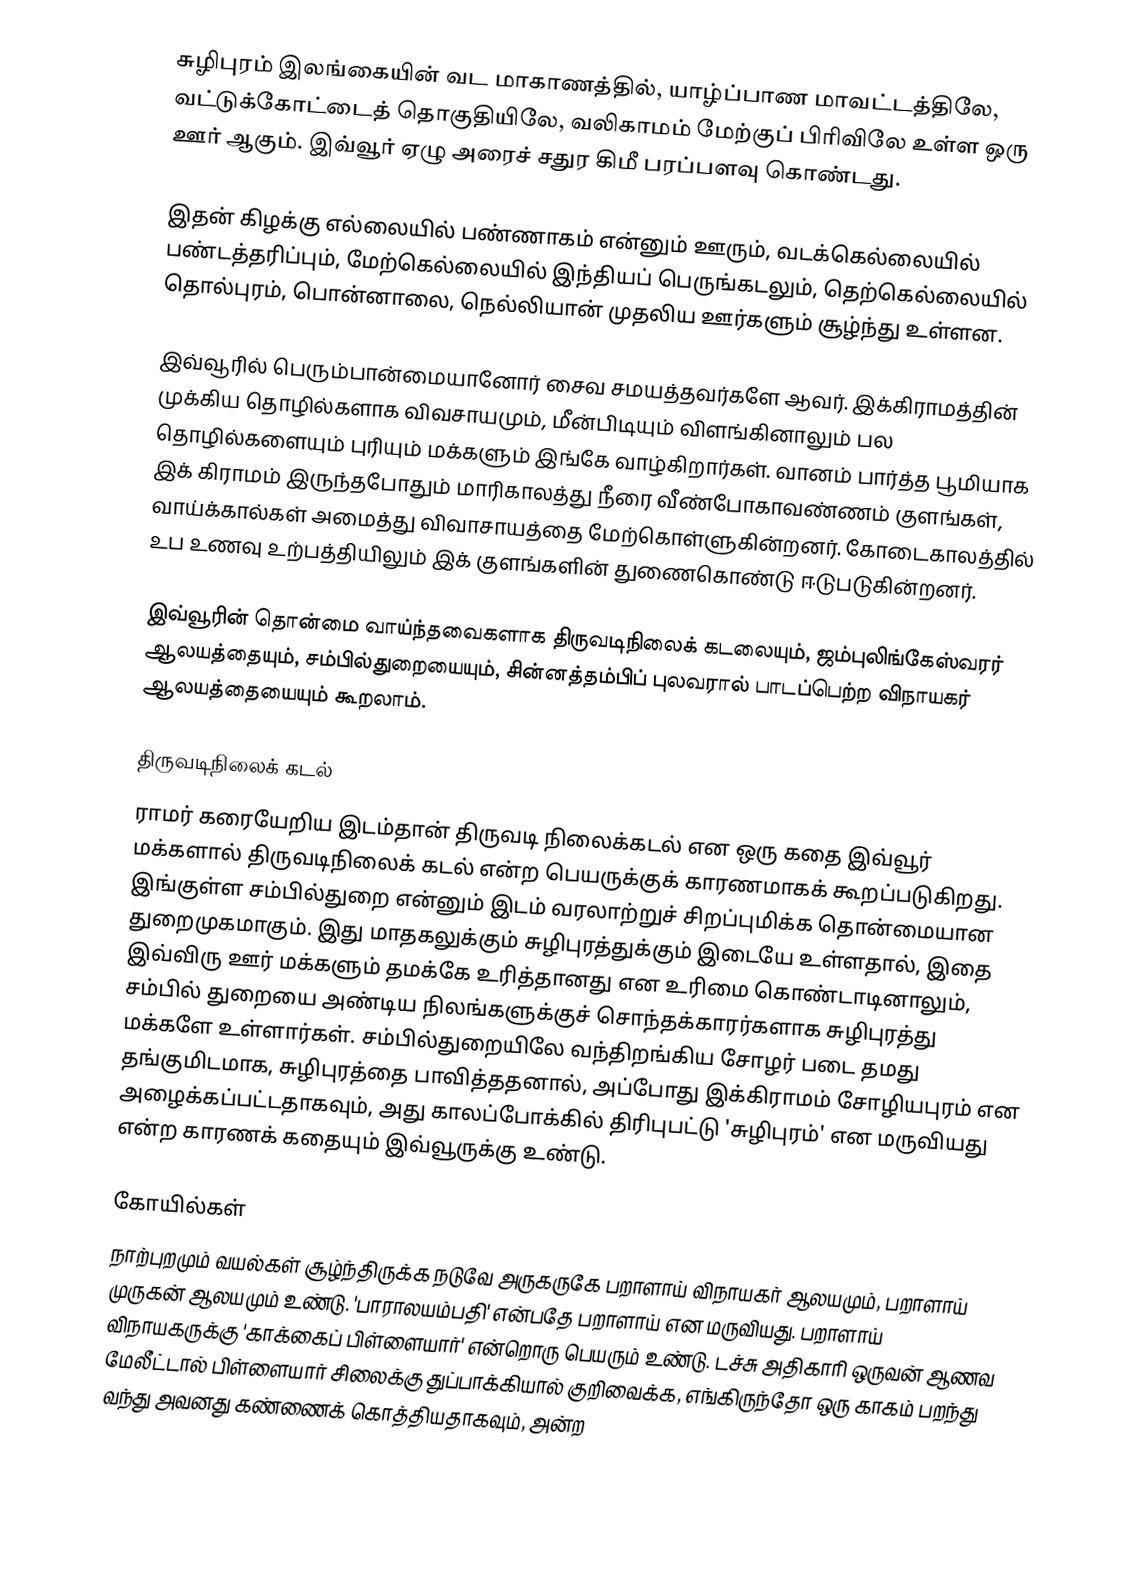
சுழிபுரம் இலங்கையின் வட மாகாணத்தில், யாழ்ப்பாண மாவட்டத்திலே, வட்டுக்கோட்டைத் தொகுதியிலே, வலிகாமம் மேற்குப் பிரிவிலே உள்ள ஒரு ஊர் ஆகும். இவ்வூர் ஏழு அரைச் சதுர கிமீ பரப்பளவு கொண்டது.

இதன் கிழக்கு எல்லையில் பண்ணாகம் என்னும் ஊரும், வடக்கெல்லையில் பண்டத்தரிப்பும், மேற்கெல்லையில் இந்தியப் பெருங்கடலும், தெற்கெல்லையில் தொல்புரம், பொன்னாலை, நெல்லியான் முதலிய ஊர்களும் சூழ்ந்து உள்ளன.

இவ்வூரில் பெரும்பான்மையானோர் சைவ சமயத்தவர்களே ஆவர். இக்கிராமத்தின் முக்கிய தொழில்களாக விவசாயமும், மீன்பிடியும் விளங்கினாலும் பல தொழில்களையும் புரியும் மக்களும் இங்கே வாழ்கிறார்கள். வானம் பார்த்த பூமியாக இக் கிராமம் இருந்தபோதும் மாரிகாலத்து நீரை வீண்போகாவண்ணம் குளங்கள், வாய்க்கால்கள் அமைத்து விவாசாயத்தை மேற்கொள்ளுகின்றனர். கோடைகாலத்தில் உப உணவு உற்பத்தியிலும் இக் குளங்களின் துணைகொண்டு ஈடுபடுகின்றனர்.

இவ்வூரின் தொன்மை வாய்ந்தவைகளாக திருவடிநிலைக் கடலையும், ஜம்புலிங்கேஸ்வரர் ஆலயத்தையும், சம்பில்துறையையும், சின்னத்தம்பிப் புலவரால் பாடப்பெற்ற விநாயகர் ஆலயத்தையையும் கூறலாம்.

திருவடிநிலைக் கடல்
ராமர் கரையேறிய இடம்தான் திருவடி நிலைக்கடல் என ஒரு கதை இவ்வூர் மக்களால் திருவடிநிலைக் கடல் என்ற பெயருக்குக் காரணமாகக் கூறப்படுகிறது. இங்குள்ள சம்பில்துறை என்னும் இடம் வரலாற்றுச் சிறப்புமிக்க தொன்மையான துறைமுகமாகும். இது மாதகலுக்கும் சுழிபுரத்துக்கும் இடையே உள்ளதால், இதை இவ்விரு ஊர் மக்களும் தமக்கே உரித்தானது என உரிமை கொண்டாடினாலும், சம்பில் துறையை அண்டிய நிலங்களுக்குச் சொந்தக்காரர்களாக சுழிபுரத்து மக்களே உள்ளார்கள். சம்பில்துறையிலே வந்திறங்கிய சோழர் படை தமது தங்குமிடமாக, சுழிபுரத்தை பாவித்ததனால், அப்போது இக்கிராமம் சோழியபுரம் என அழைக்கப்பட்டதாகவும், அது காலப்போக்கில் திரிபுபட்டு 'சுழிபுரம்' என மருவியது என்ற காரணக் கதையும் இவ்வூருக்கு உண்டு.

கோயில்கள்
நாற்புறமும் வயல்கள் சூழ்ந்திருக்க நடுவே அருகருகே பறாளாய் விநாயகர் ஆலயமும், பறாளாய் முருகன் ஆலயமும் உண்டு. 'பாராலயம்பதி' என்பதே பறாளாய் என மருவியது. பறாளாய் விநாயகருக்கு 'காக்கைப் பிள்ளையார்' என்றொரு பெயரும் உண்டு. டச்சு அதிகாரி ஒருவன் ஆணவ மேலீட்டால் பிள்ளையார் சிலைக்கு துப்பாக்கியால் குறிவைக்க, எங்கிருந்தோ ஒரு காகம் பறந்து வந்து அவனது கண்ணைக் கொத்தியதாகவும், அன்ற